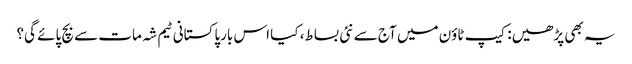
یہ بھی پڑھیں: کیپ ٹاؤن میں آج سے نئی بساط، کیا اس بارپاکستانی ٹیم شہ مات سے بچ پائے گی؟